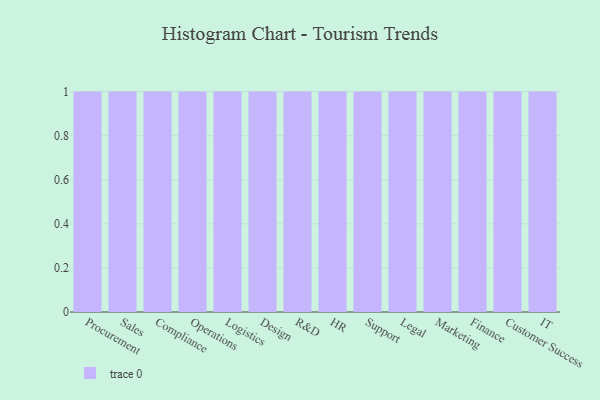
{"axis": {"x": "Department", "y": "Waste Production (Tons)"}, "legend": [""], "data": [{"x": "Procurement", "y": 34, "type": ""}, {"x": "Sales", "y": 73, "type": ""}, {"x": "Compliance", "y": 48, "type": ""}, {"x": "Operations", "y": 50, "type": ""}, {"x": "Logistics", "y": 56, "type": ""}, {"x": "Design", "y": 8, "type": ""}, {"x": "R&D", "y": 71, "type": ""}, {"x": "HR", "y": 49, "type": ""}, {"x": "Support", "y": 16, "type": ""}, {"x": "Legal", "y": 20, "type": ""}, {"x": "Marketing", "y": 66, "type": ""}, {"x": "Finance", "y": 38, "type": ""}, {"x": "Customer Success", "y": 7, "type": ""}, {"x": "IT", "y": 47, "type": ""}]}